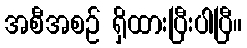
အစီအစဉ် ရှိထားပြီးပါပြီ။